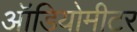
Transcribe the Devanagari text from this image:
ऑडियोमीटर